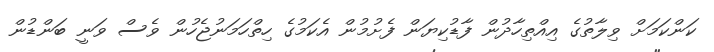
ކަންކަމަށް ވިލާތުގެ އިއްތިހާދުން ފާޑުކިޔަން ފެށުމުން އެކަމުގެ ހިތްހަމަނުޖެހުން ވެސް ވަނީ ބަންޑުން